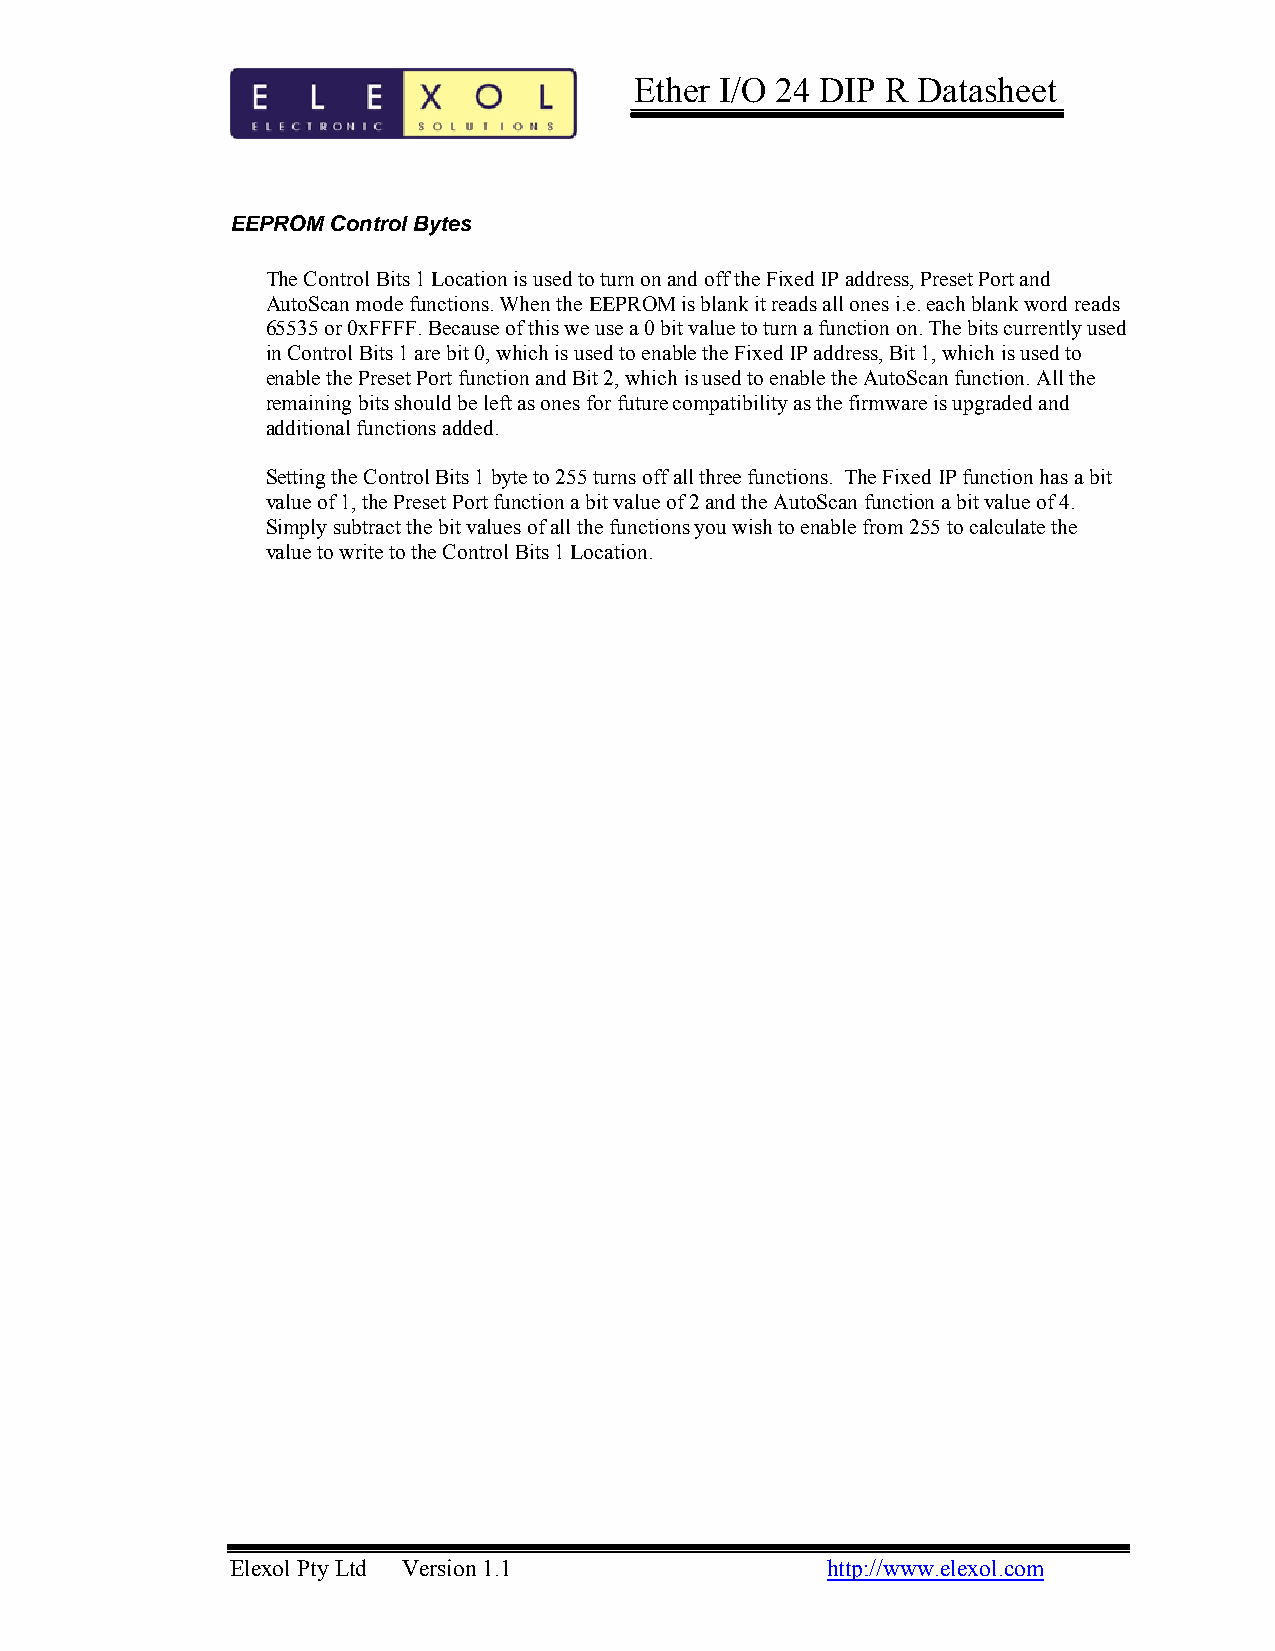
Ether I/O 24 DIP R Datasheet
 EEPROM Control Bytes
 The Control Bits 1 Location is used to turn on and off the Fixed IP address, Preset Port and
 AutoScan mode functions. When the EEPROM is blank it reads all ones i.e. each blank word reads
 65535 or 0xFFFF. Because of this we use a 0 bit value to turn a function on. The bits currently used
 in Control Bits 1 are bit 0, which is used to enable the Fixed IP address, Bit 1, which is used to
 enable the Preset Port function and Bit 2, which is used to enable the AutoScan function. All the
 remaining bits should be left as ones for future compatibility as the firmware is upgraded and
 additional functions added.
 Setting the Control Bits 1 byte to 255 turns off all three functions. The Fixed IP function has a bit
 value of 1, the Preset Port function a bit value of 2 and the AutoScan function a bit value of 4.
 Simply subtract the bit values of all the functions you wish to enable from 255 to calculate the
 value to write to the Control Bits 1 Location.
 Elexol Pty Ltd Version 1.1              http://www.elexol.com